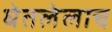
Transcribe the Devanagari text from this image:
घेतलेलाच